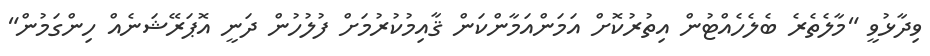
ވިދާޅުވީ "މާލެތެރެ ބެލެހެއްޓުން އިތުރުކޮށް އަމަންއަމާންކަން ޤާއިމުކުރުމަށް ފުލުހުން ދަނީ އޮޕަރޭޝަނެއް ހިންގަމުން"